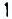
1